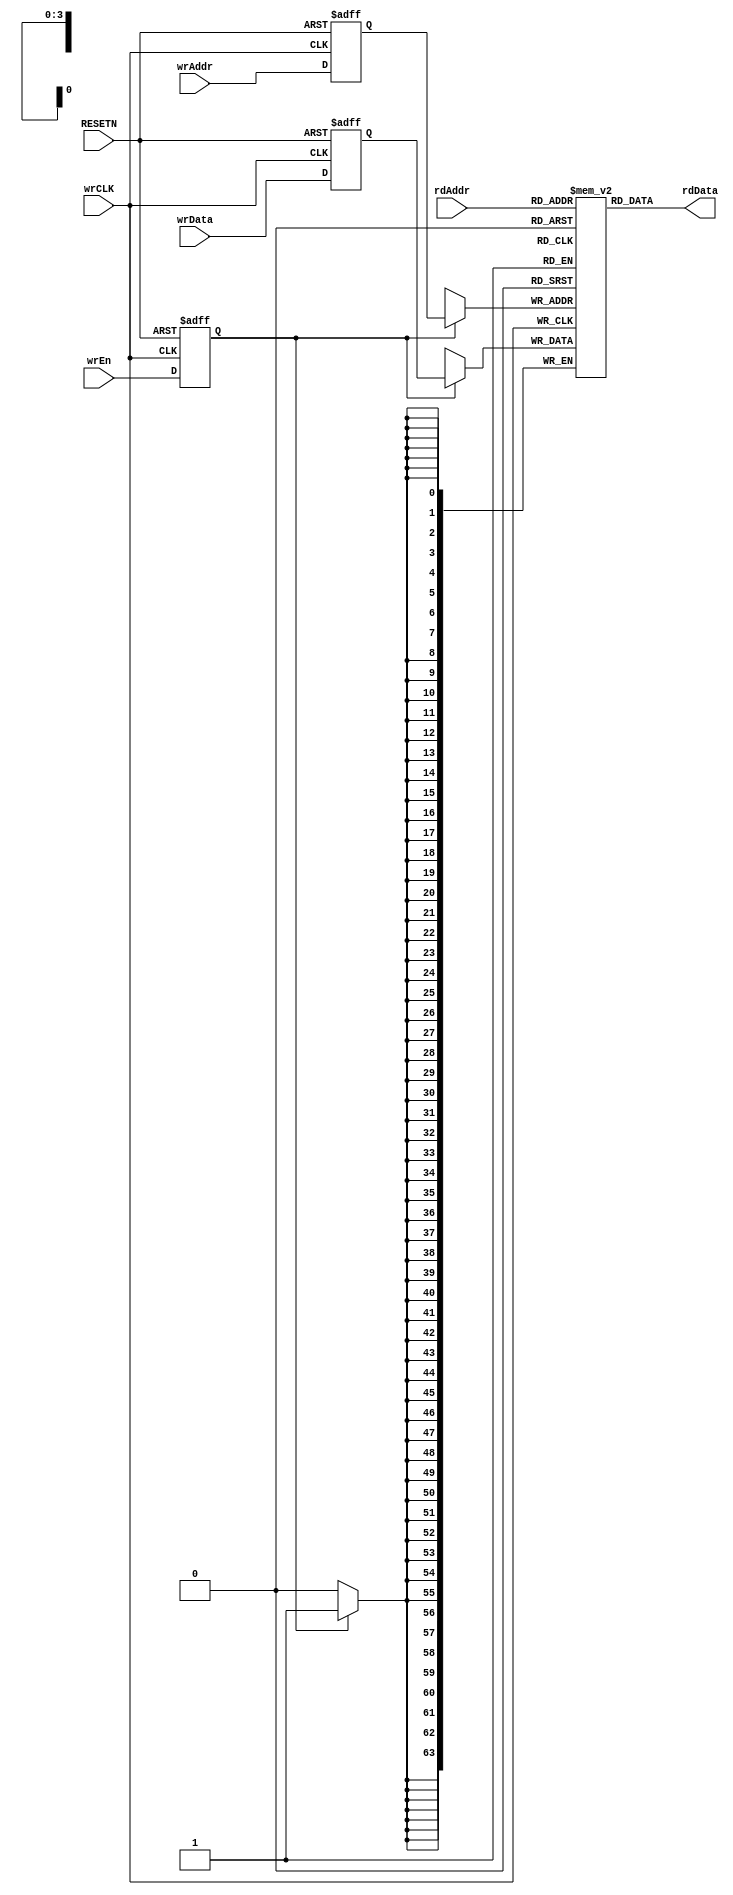
// ****************************************************************************/
// Microsemi Corporation Proprietary and Confidential
// Copyright 2015 Microsemi Corporation.  All rights reserved.
//
// ANY USE OR REDISTRIBUTION IN PART OR IN WHOLE MUST BE HANDLED IN
// ACCORDANCE WITH THE MICROSEMI LICENSE AGREEMENT AND MUST BE APPROVED
// IN ADVANCE IN WRITING.
//
// Description: 
//
// SVN Revision Information:
// SVN $Revision: 27754 $
// SVN $Date: 2016-11-08 08:10:59 +0530 (Tue, 08 Nov 2016) $
//
// Resolved SARs
// SAR      Date     Who   Description
//
// Notes:
//
// ****************************************************************************/
module COREAXITOAHBL_RAM_syncWrAsyncRd (
                // Inputs
                wrCLK,
                RESETN,
                wrEn,
                wrAddr,
                wrData,
                rdAddr,
                
                // Outputs
                rdData
               );

////////////////////////////////////////////////////////////////////////////////
// Parameters
////////////////////////////////////////////////////////////////////////////////
parameter AXI_DWIDTH = 64;    // Sets the AXI data width - 32/64.
parameter AXI_STRBWIDTH = 8;  // Sets the AXI strobe width depending on AXI 
                              // data width.
////////////////////////////////////////////////////////////////////////////////
//
////////////////////////////////////////////////////////////////////////////////
input           wrCLK;
input           RESETN;
input           wrEn;
input   [3:0]   wrAddr;
input   [AXI_DWIDTH-1:0]  wrData;
input   [3:0]   rdAddr;

output  [AXI_DWIDTH-1:0]  rdData;

////////////////////////////////////////////////////////////////////////////////
// RAM Inference
////////////////////////////////////////////////////////////////////////////////
reg     [AXI_DWIDTH-1:0]  mem [15:0];     
reg     [3:0]   wrAddrReg;
reg     [AXI_DWIDTH-1:0]  wrDataReg;
reg             wrEnReg;

always @ (posedge wrCLK or negedge RESETN)
begin
    if (!RESETN)
    begin
        wrAddrReg <= 4'b0;
        wrDataReg <= 'h0;
        wrEnReg <= 1'b0;
    end
    else
    begin
        wrAddrReg <= wrAddr;
        wrDataReg <= wrData;
        wrEnReg <= wrEn;
    end
end

// Synchronous write
always @ (posedge wrCLK)
begin
    if (wrEnReg)
        mem[wrAddrReg] <= wrDataReg;
end

// Asynchronous read
assign rdData = mem[rdAddr];

endmodule // COREAXITOAHBL_RAM_syncWrAsyncRd